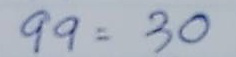
99 = 30